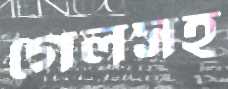
গেলসহ